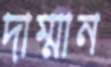
দাম্মান